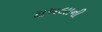
દાખલાની